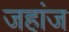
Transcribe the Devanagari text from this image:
जहांज